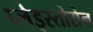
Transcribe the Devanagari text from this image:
प्लेइस्तोसेन